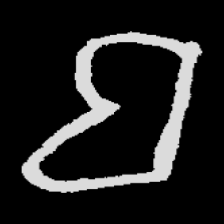
Pyu character \u2014 Myanmar letter: ဗ (romanized: ba)